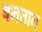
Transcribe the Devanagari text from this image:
बनतान